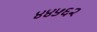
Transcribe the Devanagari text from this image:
४४५६२